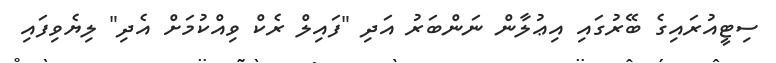
ސިޓީއުރައިގެ ބޭރުގައި އިޢުލާން ނަންބަރު އަދި "ފައިލް ރެކް ވިއްކުމަށް އެދި" ލިޔެވިފައި